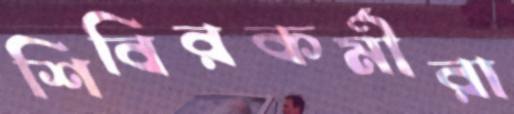
শিবিরকর্মীরা